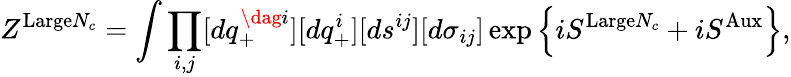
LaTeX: Z^{\mathrm{Large}N_{c}}=\int\prod_{i,j}[dq_{+}^{\dag i}][dq_{+}^{i}][ds^{ij}][d\sigma_{ij}]\exp\left\{ iS^{\mathrm{Large}N_{c}}+iS^{\mathrm{Aux}}\right\} ,